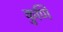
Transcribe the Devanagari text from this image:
कुणि